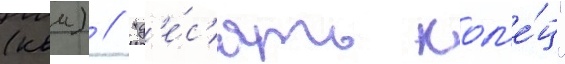
(квм) // "д'е́с'ять кол'е́ц"